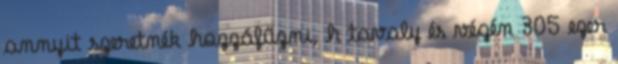
annyit szeretnék hozzáfűzni, h tavaly és végén 305 ezer